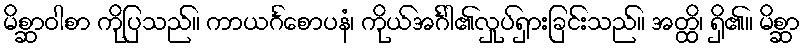
မိစ္ဆာဝါစာ ကိုပြသည်။ ကာယင်္ဂစောပနံ၊ ကိုယ်အင်္ဂါ၏လှုပ်ရှားခြင်းသည်။ အတ္ထိ၊ ရှိ၏။ မိစ္ဆာ